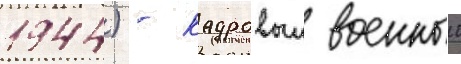
1944) - кадровыи военныи